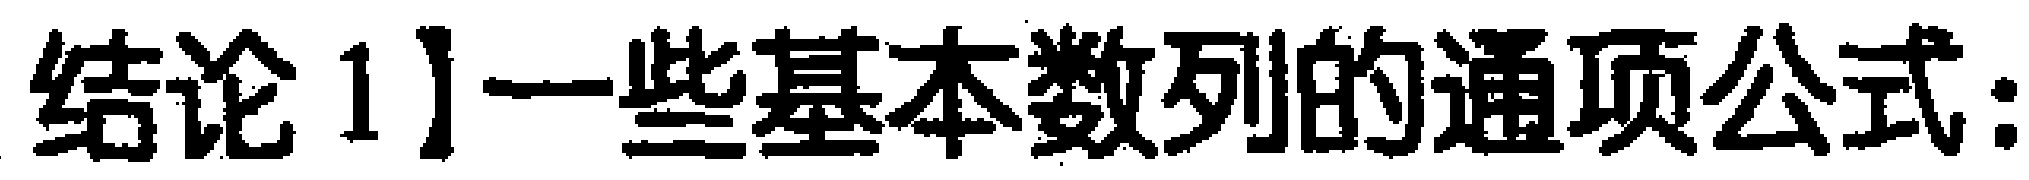
结论1]一些基本数列的通项公式：